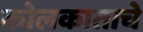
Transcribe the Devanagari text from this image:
कोलकाताचे